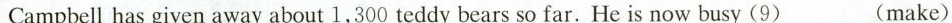
Campbell has given away about 1,300 teddy bears so far. He is now busy (9)___(make)